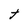
Character: t